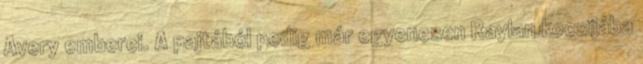
Avery emberei. A pajtából pedig már egyenesen Raylan kocsijába